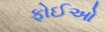
ફોઈઓ